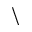
\backslash